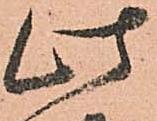
此